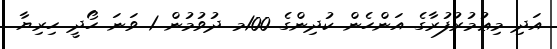
އަދި މިޢުމުރުފުރާގެ އަންހެން ކުދިންގެ 100މ ދުވުމުން 1 ވަނަ ހޯދީ ހިރިޔާ